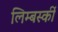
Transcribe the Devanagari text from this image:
लिम्बर्स्की